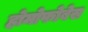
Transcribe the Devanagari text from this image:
होमोफोबेस